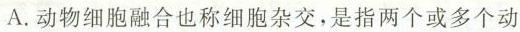
A.动物细胞融合也称细胞杂交，是指两个或多个动